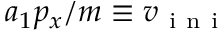
a _ { 1 } p _ { x } / m \equiv v _ { \mathrm { ~ i ~ n ~ i ~ } }